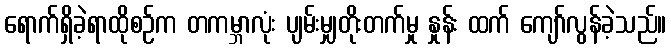
ရောက်ရှိခဲ့ရာထိုစဉ်က တကမ္ဘာလုံး ပျမ်းမျှတိုးတက်မှု နှုန်း ထက် ကျော်လွန်ခဲ့သည်။